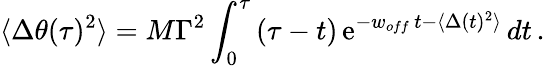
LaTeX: \langle\Delta\theta(\tau)^{2}\rangle=M\Gamma^{2}\int_{0}^{\tau}\, (\tau-t)\, \mathrm{e}^{-w_{off}\, t-\langle\Delta(t)^{2}\rangle}\, dt\, .